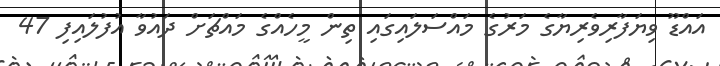
އައްޑޫ ވިޔަފާރިވެރިޔާގެ މަރުގެ މައްސަލައިގައި ތިން މީހެއްގެ މައްޗަށް ދައުވާ އުފުލައިފި 47